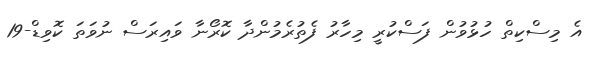
އެ މިސްކިތް ހުޅުވުން ފަސްކުރީ މިހާރު ފެތުރެމުންދާ ކޮރޯނާ ވައިރަސް ނުވަތަ ކޮވިޑް-19